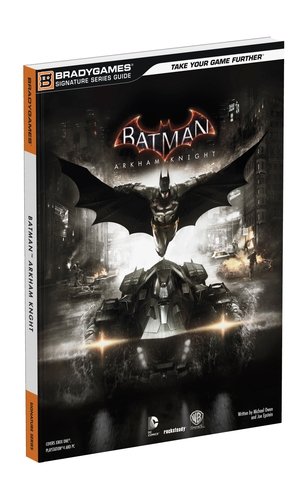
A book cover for Batman: Arkham Knight Signature Series Guide (Bradygames Signature Series Guide); BradyGames; Science Fiction & Fantasy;